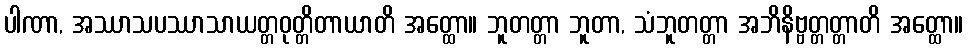
ပါဏာ, အဿာသပဿာသာယတ္တဝုတ္တိတာယာတိ အတ္ထော။ ဘူတတ္တာ ဘူတာ, သံဘူတတ္တာ အဘိနိဗ္ဗတ္တတ္တာတိ အတ္ထော။